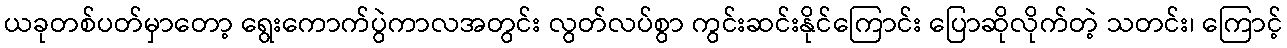
ယခုတစ်ပတ်မှာတော့ ရွေးကောက်ပွဲကာလအတွင်း လွတ်လပ်စွာ ကွင်းဆင်းနိုင်ကြောင်း ပြောဆိုလိုက်တဲ့ သတင်း၊ ကြောင့်